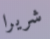
شريرا